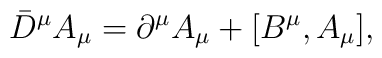
{\bar D}^{\mu}A_{\mu}=\partial^{\mu} A_{\mu} +[B^{\mu},A_{\mu}],